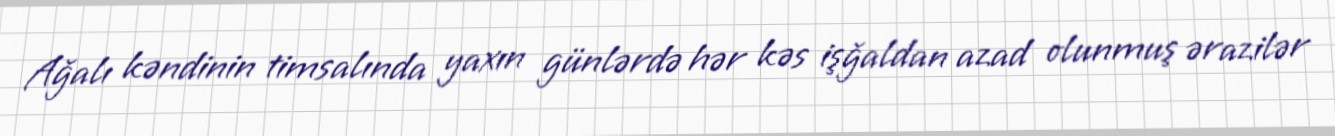
Ağalı kəndinin timsalında yaxın günlərdə hər kəs işğaldan azad olunmuş ərazilər